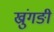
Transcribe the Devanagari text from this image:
ख्रुंगङी